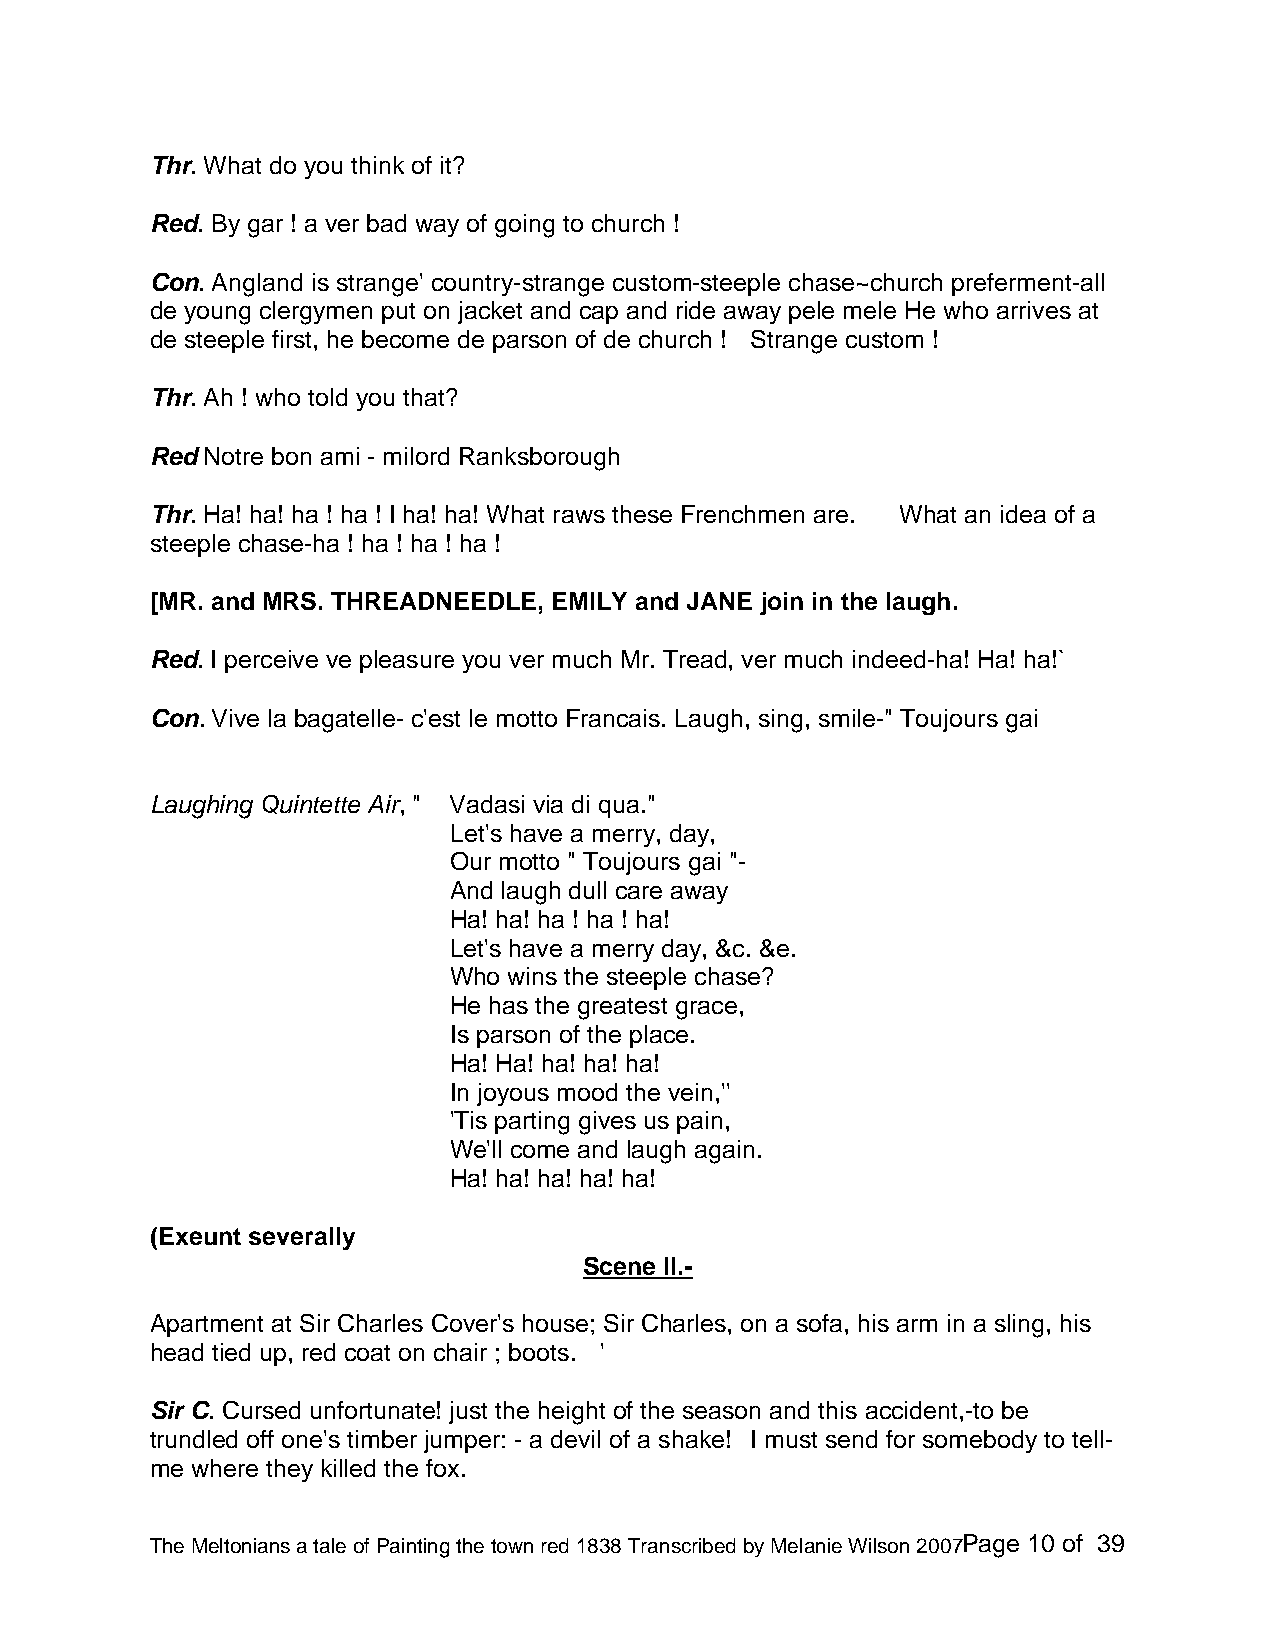
Thr. What do you think of it?
 Red. By gar ! a ver bad way of going to church !
 Con. Angland is strange' country-strange custom-steeple chase~church preferment-all
 de young clergymen put on jacket and cap and ride away pele mele He who arrives at
 de steeple first, he become de parson of de church ! Strange custom !
 Thr. Ah ! who told you that?
 Red Notre bon ami - milord Ranksborough
 Thr. Ha! ha! ha ! ha ! I ha! ha! What raws these Frenchmen are. What an idea of a
 steeple chase-ha ! ha ! ha ! ha !
 [MR. and MRS. THREADNEEDLE, EMILY and JANE join in the laugh.
 Red. I perceive ve pleasure you ver much Mr. Tread, ver much indeed-ha! Ha! ha!`
 Con. Vive la bagatelle- c'est le motto Francais. Laugh, sing, smile-" Toujours gai
 Laughing Quintette Air, " Vadasi via di qua."
 Let's have a merry, day,
 Our motto " Toujours gai "-
 And laugh dull care away
 Ha! ha! ha ! ha ! ha!
 Let's have a merry day, &c. &e.
 Who wins the steeple chase?
 He has the greatest grace,
 Is parson of the place.
 Ha! Ha! ha! ha! ha!
 In joyous mood the vein,''
 'Tis parting gives us pain,
 We'll come and laugh again.
 Ha! ha! ha! ha! ha!
 (Exeunt severally
 Scene II.-
 Apartment at Sir Charles Cover's house; Sir Charles, on a sofa, his arm in a sling, his
 head tied up, red coat on chair ; boots. '
 Sir C. Cursed unfortunate! just the height of the season and this accident,-to be
 trundled off one's timber jumper: - a devil of a shake! I must send for somebody to tell-
 me where they killed the fox.
 The Meltonians a tale of Painting the town red 1838 Transcribed by Melanie Wilson 2007Page 10 of 39